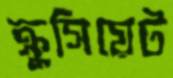
ক্রুসিয়েট